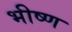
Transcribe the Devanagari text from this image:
भीष्ण